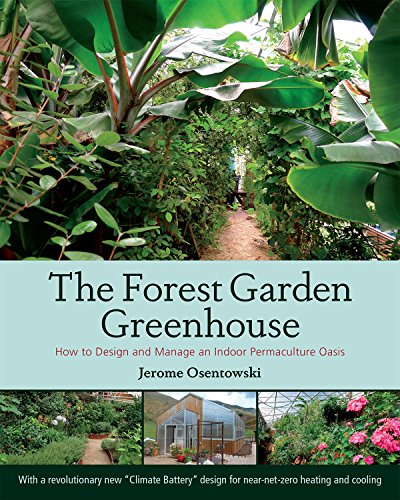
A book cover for The Forest Garden Greenhouse: How to Design and Manage an Indoor Permaculture Oasis; Jerome Osentowski; Engineering & Transportation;